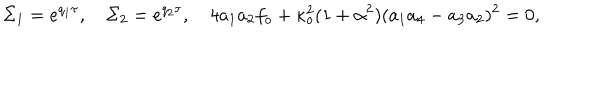
LaTeX: \Sigma _ { 1 } = e ^ { q _ { 1 } \tau } , \quad \Sigma _ { 2 } = e ^ { q _ { 2 } \tau } , \quad 4 a _ { 1 } a _ { 2 } f _ { o } + \kappa _ { o } ^ { 2 } ( 1 + \alpha ^ { 2 } ) ( a _ { 1 } a _ { 4 } - a _ { 3 } a _ { 2 } ) ^ { 2 } = 0 ,